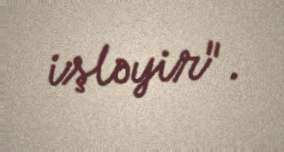
işləyir".